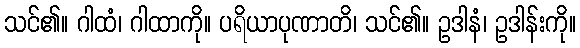
သင်၏။ ဂါထံ၊ ဂါထာကို။ ပရိယာပုဏာတိ၊ သင်၏။ ဥဒါနံ၊ ဥဒါန်းကို။